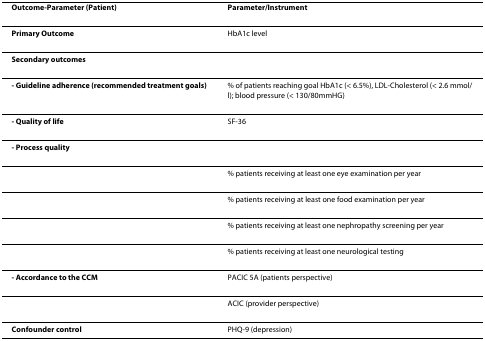
<table><thead><tr><td><b>Outcome-Parameter (Patient)</b></td><td><b>Parameter/Instrument</b></td></tr></thead><tbody><tr><td><b>Primary Outcome</b></td><td>HbA1c level</td></tr><tr><td><b>Secondary outcomes</b></td><td></td></tr><tr><td><b>- Guideline adherence (recommended treatment goals)</b></td><td>% of patients reaching goal HbA1c (&lt; 6.5%), LDL-Cholesterol (&lt; 2.6 mmol/l); blood pressure (&lt; 130/80mmHG)</td></tr><tr><td><b>- Quality of life</b></td><td>SF-36</td></tr><tr><td><b>- Process quality</b></td><td></td></tr><tr><td></td><td>% patients receiving at least one eye examination per year</td></tr><tr><td></td><td>% patients receiving at least one food examination per year</td></tr><tr><td></td><td>% patients receiving at least one nephropathy screening per year</td></tr><tr><td></td><td>% patients receiving at least one neurological testing</td></tr><tr><td><b>- Accordance to the CCM</b></td><td>PACIC 5A (patients perspective)</td></tr><tr><td></td><td>ACIC (provider perspective)</td></tr><tr><td><b>Confounder control</b></td><td>PHQ-9 (depression)</td></tr></tbody></table>